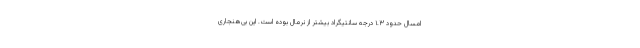
امسال حدود ۱.۳ درجه سانتیگراد بیشتر از نرمال بوده است. این بی‌هنجاری